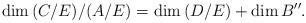
LaTeX: \begin{align*}\dim {(C/E)/(A/E)} = \dim {(D/E)} + \dim B''.\end{align*}